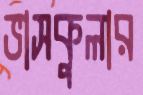
ভাসকুলার